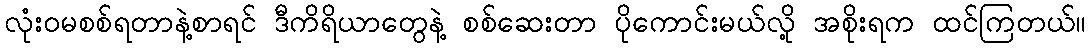
လုံးဝမစစ်ရတာနဲ့စာရင် ဒီကိရိယာတွေနဲ့ စစ်ဆေးတာ ပိုကောင်းမယ်လို့ အစိုးရက ထင်ကြတယ်။